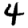
Digit: 4